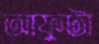
আফুটা